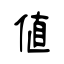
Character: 値